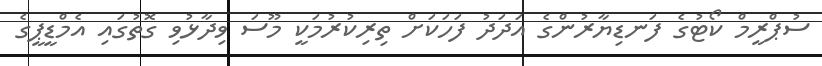
ސުޕްރީމް ކޯޓުގެ ފަނޑިޔާރުންގެ އަދަދު ފަހަކަށް ތިރިކުރުމަކީ މޫސަ ވިދާޅުވި ގޮތުގައި އެމްޑީޕީގެ